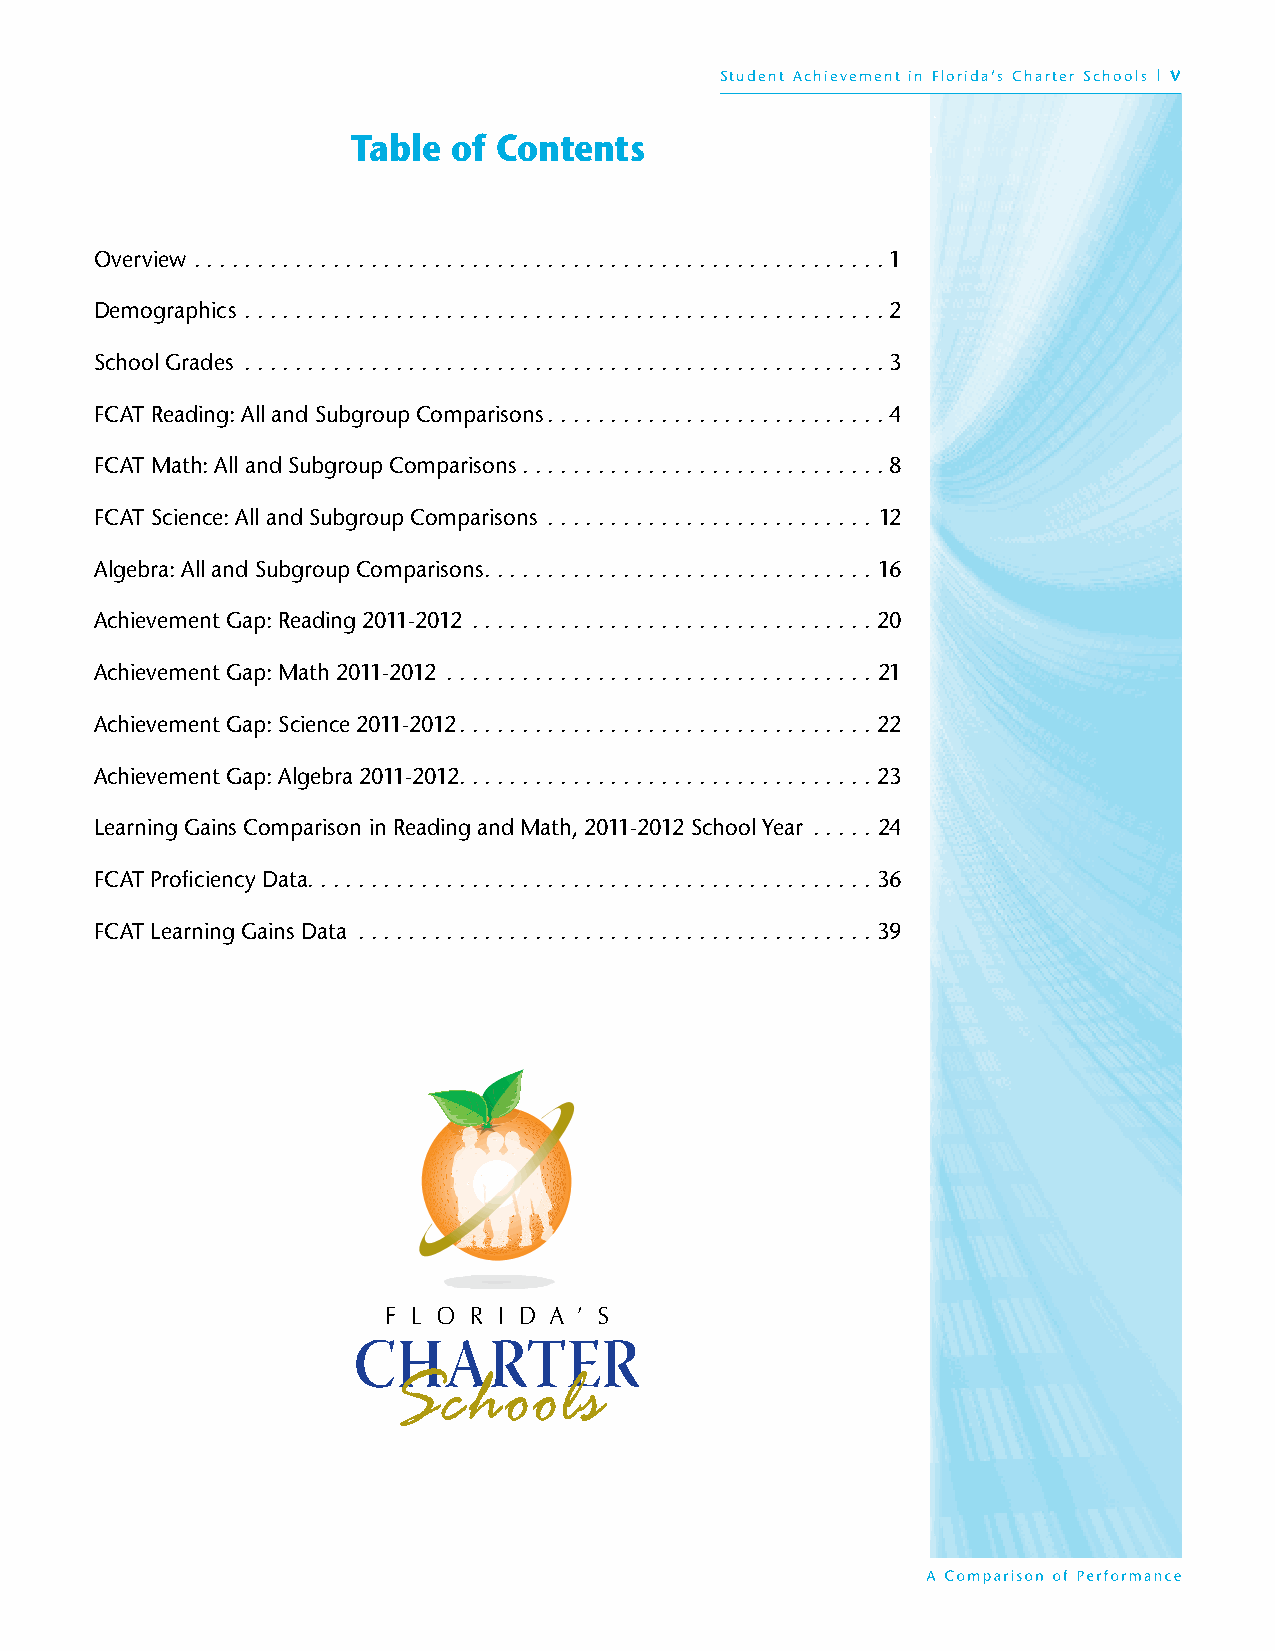
Student Achievement in Florida’s Charter Schools | v
 Table  of Contents
 Overview . . . . . . . . . . . . . . . . . . . . . . . . . . . . . . . . . . . . . . . . . . . . . . . . . . . . . . . 1
 Demographics . . . . . . . . . . . . . . . . . . . . . . . . . . . . . . . . . . . . . . . . . . . . . . . . . . . 2
 School Grades . . . . . . . . . . . . . . . . . . . . . . . . . . . . . . . . . . . . . . . . . . . . . . . . . . . 3
 FCAT Reading: All and Subgroup Comparisons . . . . . . . . . . . . . . . . . . . . . . . . . . . 4
 FCAT Math: All and Subgroup Comparisons . . . . . . . . . . . . . . . . . . . . . . . . . . . . . 8
 FCAT Science: All and Subgroup Comparisons . . . . . . . . . . . . . . . . . . . . . . . . . . 12
 Algebra: All and Subgroup Comparisons . . . . . . . . . . . . . . . . . . . . . . . . . . . . . . . 16
 Achievement Gap: Reading 2011-2012 . . . . . . . . . . . . . . . . . . . . . . . . . . . . . . . . 20
 Achievement Gap: Math 2011-2012 . . . . . . . . . . . . . . . . . . . . . . . . . . . . . . . . . . 21
 Achievement Gap: Science 2011-2012 . . . . . . . . . . . . . . . . . . . . . . . . . . . . . . . . . 22
 Achievement Gap: Algebra 2011-2012 . . . . . . . . . . . . . . . . . . . . . . . . . . . . . . . . . 23
 Learning Gains Comparison in Reading and Math, 2011-2012 School Year . . . . . 24
 FCAT Proficiency Data . . . . . . . . . . . . . . . . . . . . . . . . . . . . . . . . . . . . . . . . . . . . . 36
 FCAT Learning Gains Data . . . . . . . . . . . . . . . . . . . . . . . . . . . . . . . . . . . . . . . . . 39